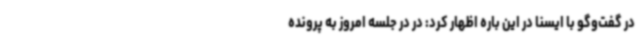
در گفت‌وگو با ایسنا در این باره اظهار کرد: در در جلسه امروز به پرونده